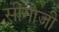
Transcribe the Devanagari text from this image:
सींगोजी